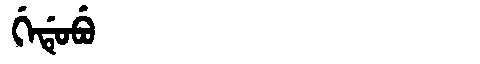
Manchu: ᡤᡝᡩᡠᠪᡠ
Romanization: GEDUBU